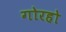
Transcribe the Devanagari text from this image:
गोरहो